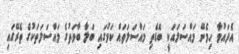
އެދައުވާ ހިމެނޭ މައްސަލައަކީ ބޮޑެތި މައްސަލަތައް ކަމުގައި ބަލާ ބާވަތުގެ މައްސަލަތަކުގެ ތެރޭގައި